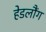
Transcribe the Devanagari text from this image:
हेडलौंग